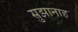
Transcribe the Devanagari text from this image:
सुझानाह